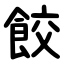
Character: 餃